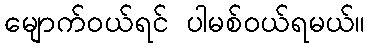
မျောက်ဝယ်ရင် ပါမစ်ဝယ်ရမယ်။